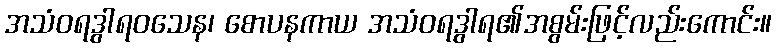
အသံဝရဒွါရဝသေန၊ စောပနကာယ အသံဝရဒွါရ၏အစွမ်းဖြင့်လည်းကောင်း။